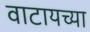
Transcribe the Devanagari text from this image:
वाटायच्या